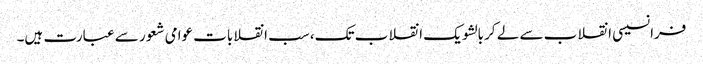
فرانسیسی انقلاب سے لے کر بالشویک انقلاب تک، سب انقلابات عوامی شعور سے عبارت ہیں۔